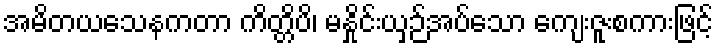
အမိတယသေနကတာ ကိတ္တိပိ၊ မနှိုင်းယှဉ်အပ်သော ကျေးဇူးစကားဖြင့်